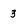
Character: 3